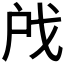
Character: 𫼉